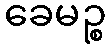
ခေမဉ္စ